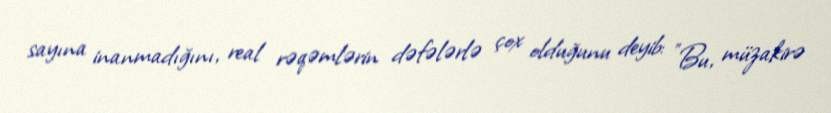
sayına inanmadığını, real rəqəmlərin dəfələrlə çox olduğunu deyib: "Bu, müzakirə